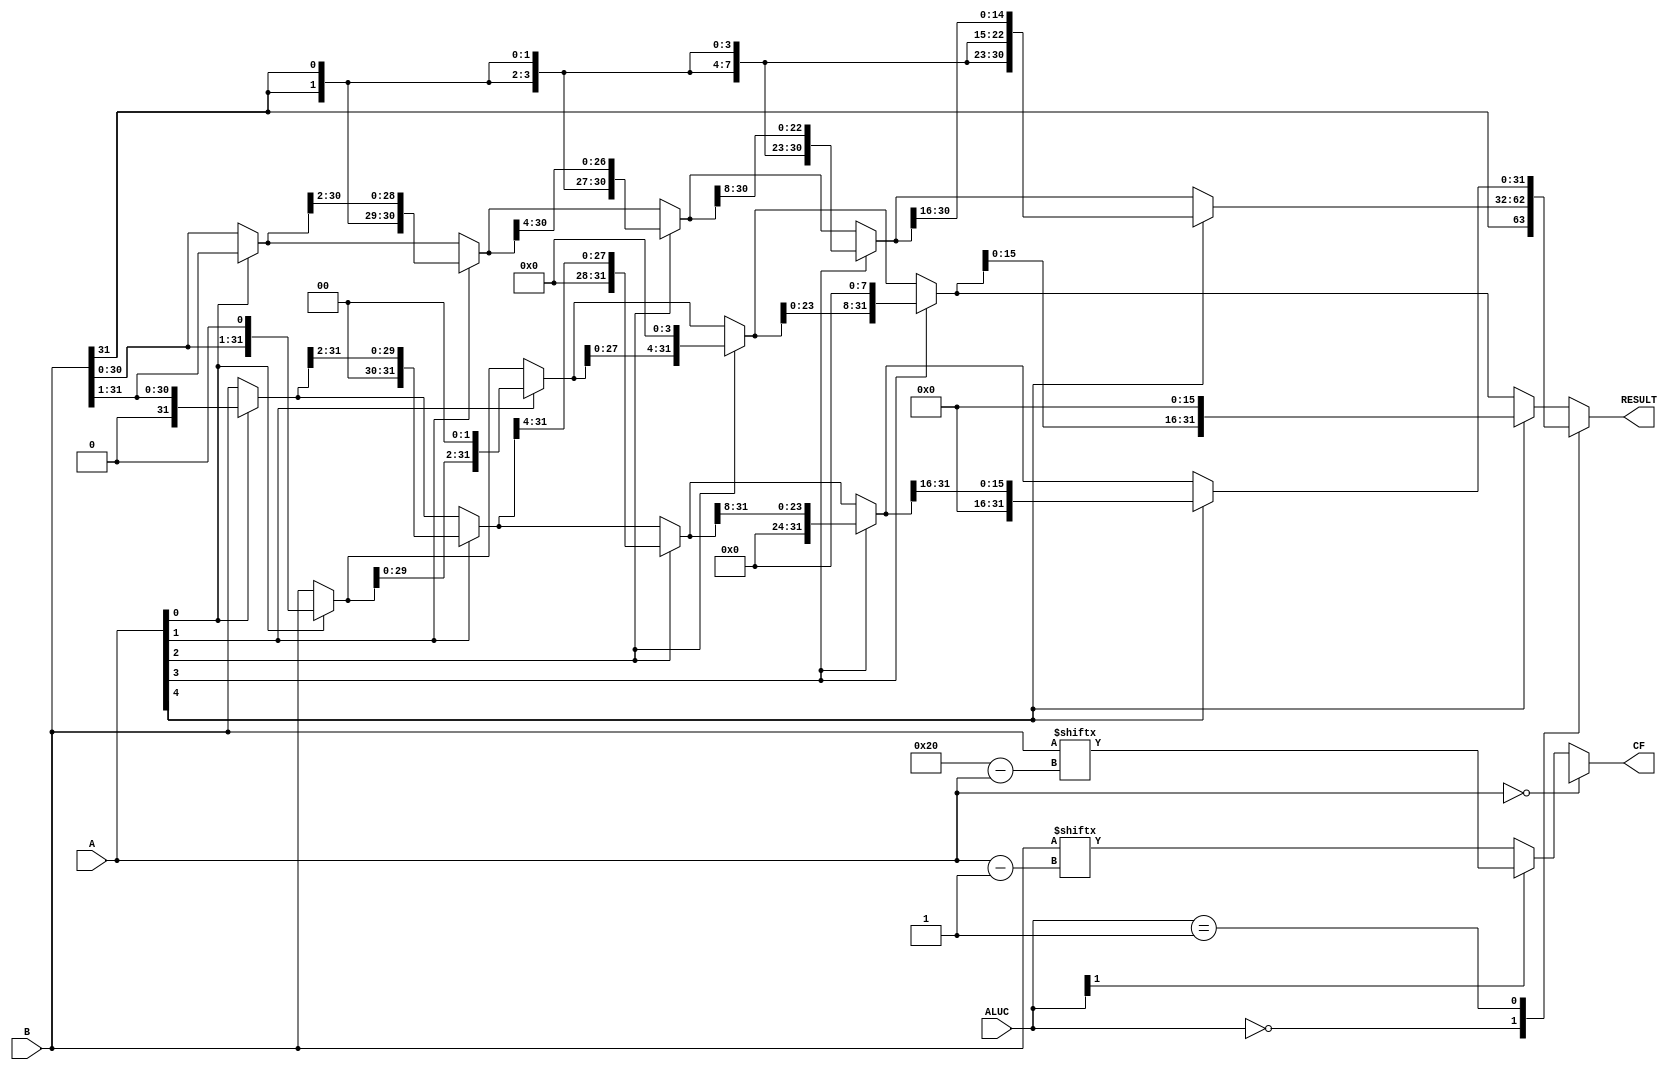
`timescale 1ns / 1ps
module Shifter
(
    A,
    B,
    ALUC,
    RESULT,
    CF
);

    input [4:0]A;
    input [31:0]B;
    input [1:0]ALUC;

    output [31:0]RESULT;
    output CF;

    reg [31:0]RESULT;
    reg CF;

    always@(A or B or ALUC[1]) begin
        if(A==5'b00000)  CF=1'bx;
        else if(ALUC[1]) CF=B[32-A];
        else             CF=B[A-1];
    end

    parameter SRA = 2'b00;
    parameter SRL = 2'b01;
    always@(A or B or ALUC) begin
        case (ALUC)
            SRA:begin
                RESULT= A[0] ? {         B[31],       B[31: 1]}:      B;
                RESULT= A[1] ? {{ 2{RESULT[31]}},RESULT[31: 2]}: RESULT;
                RESULT= A[2] ? {{ 4{RESULT[31]}},RESULT[31: 4]}: RESULT;
                RESULT= A[3] ? {{ 8{RESULT[31]}},RESULT[31: 8]}: RESULT;
                RESULT= A[4] ? {{16{RESULT[31]}},RESULT[31:16]}: RESULT;
            end
            SRL:begin
                RESULT= A[0] ? { 1'b0,       B[31: 1]}:      B;
                RESULT= A[1] ? { 2'b0,  RESULT[31: 2]}: RESULT;
                RESULT= A[2] ? { 4'b0,  RESULT[31: 4]}: RESULT;
                RESULT= A[3] ? { 8'b0,  RESULT[31: 8]}: RESULT;
                RESULT= A[4] ? {16'b0,  RESULT[31:16]}: RESULT;
            end
            default:begin
                RESULT= A[0] ? {     B[30: 0], 1'b0}:      B;
                RESULT= A[1] ? {RESULT[29: 0], 2'b0}: RESULT;
                RESULT= A[2] ? {RESULT[27: 0], 4'b0}: RESULT;
                RESULT= A[3] ? {RESULT[23: 0], 8'b0}: RESULT;
                RESULT= A[4] ? {RESULT[15: 0],16'b0}: RESULT;
            end 
        endcase
    end
endmodule